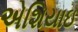
એશિયાઇ